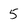
Character: 5